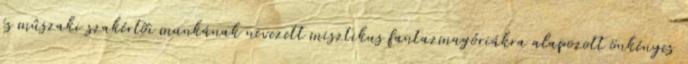
és mûszaki szakértõi munkának nevezett misztikus fantazmagóriákra alapozott önkényes